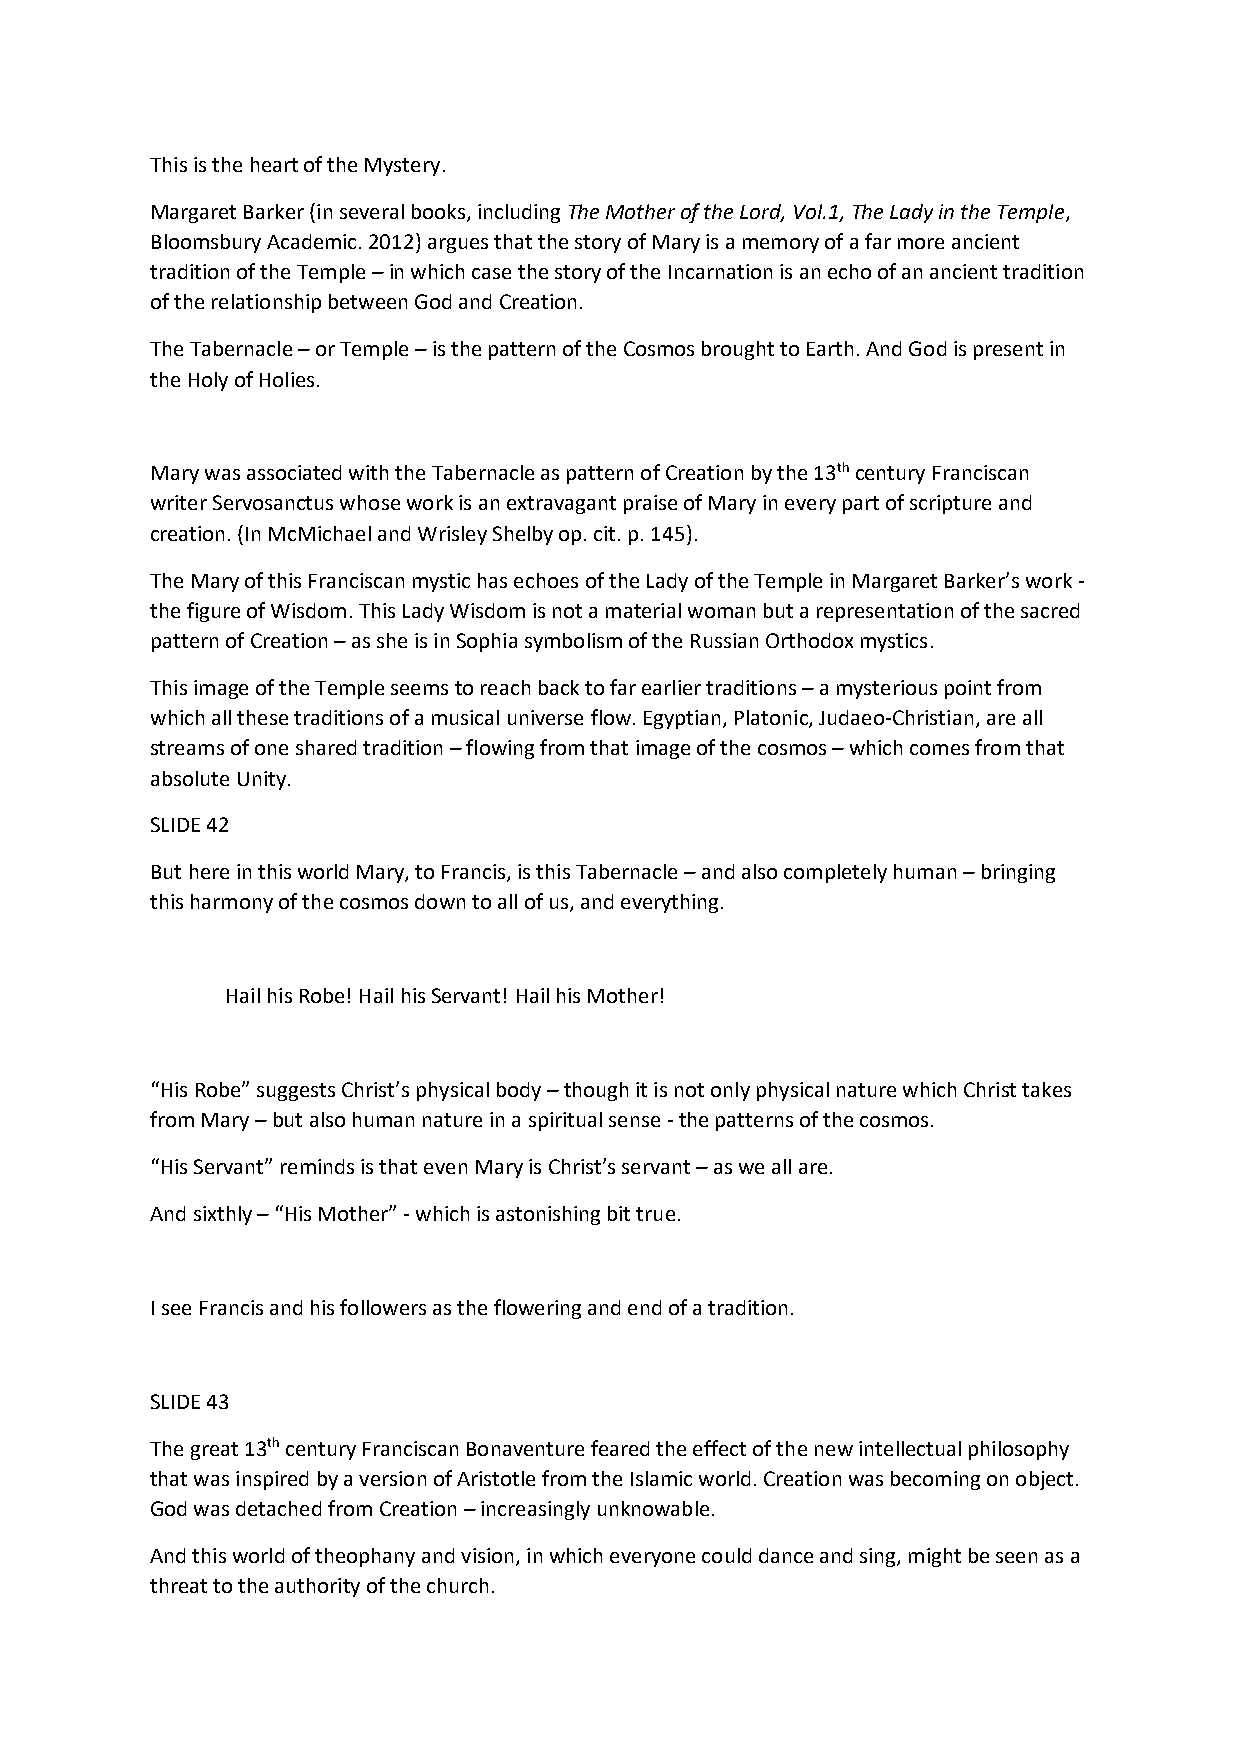
This is the heart of the Mystery.
 Margaret Barker (in several books, including The Mother of the Lord, Vol.1, The Lady in the Temple,
 Bloomsbury Academic. 2012) argues that the story of Mary is a memory of a far more ancient
 tradition of the Temple – in which case the story of the Incarnation is an echo of an ancient tradition
 of the relationship between God and Creation.
 The Tabernacle – or Temple – is the pattern of the Cosmos brought to Earth. And God is present in
 the Holy of Holies.
 Mary was associated with the Tabernacle as pattern of Creation by the 13th century Franciscan
 writer Servosanctus whose work is an extravagant praise of Mary in every part of scripture and
 creation. (In McMichael and Wrisley Shelby op. cit. p. 145).
 The Mary of this Franciscan mystic has echoes of the Lady of the Temple in Margaret Barker’s work -
 the figure of Wisdom. This Lady Wisdom is not a material woman but a representation of the sacred
 pattern of Creation – as she is in Sophia symbolism of the Russian Orthodox mystics.
 This image of the Temple seems to reach back to far earlier traditions – a mysterious point from
 which all these traditions of a musical universe flow. Egyptian, Platonic, Judaeo-Christian, are all
 streams of one shared tradition – flowing from that image of the cosmos – which comes from that
 absolute Unity.
 SLIDE 42
 But here in this world Mary, to Francis, is this Tabernacle – and also completely human – bringing
 this harmony of the cosmos down to all of us, and everything.
 Hail his Robe! Hail his Servant! Hail his Mother!
 “His Robe” suggests Christ’s physical body – though it is not only physical nature which Christ takes
 from Mary – but also human nature in a spiritual sense - the patterns of the cosmos.
 “His Servant” reminds is that even Mary is Christ’s servant – as we all are.
 And sixthly – “His Mother” - which is astonishing bit true.
 I see Francis and his followers as the flowering and end of a tradition.
 SLIDE 43
 The great 13th century Franciscan Bonaventure feared the effect of the new intellectual philosophy
 that was inspired by a version of Aristotle from the Islamic world. Creation was becoming on object.
 God was detached from Creation – increasingly unknowable.
 And this world of theophany and vision, in which everyone could dance and sing, might be seen as a
 threat to the authority of the church.